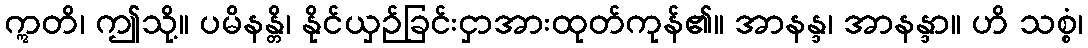
ဣတိ၊ ဤသို့။ ပမိနန္တိ၊ နိုင်ယှဉ်ခြင်းငှာအားထုတ်ကုန်၏။ အာနန္ဒ၊ အာနန္ဒာ။ ဟိ သစ္စံ၊